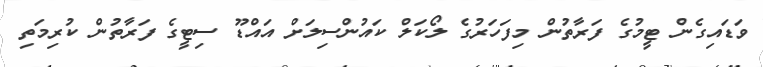
ވަޑައިގެން ޓީމުގެ ފަރާތުން މިފަހަރުގެ ލޯކަލް ކައުންސިލަށް އައްޑޫ ސިޓީގެ ފަރާތުން ކުރިމަތި